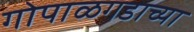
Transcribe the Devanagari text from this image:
गोपाळगडाच्या